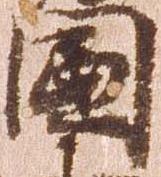
国